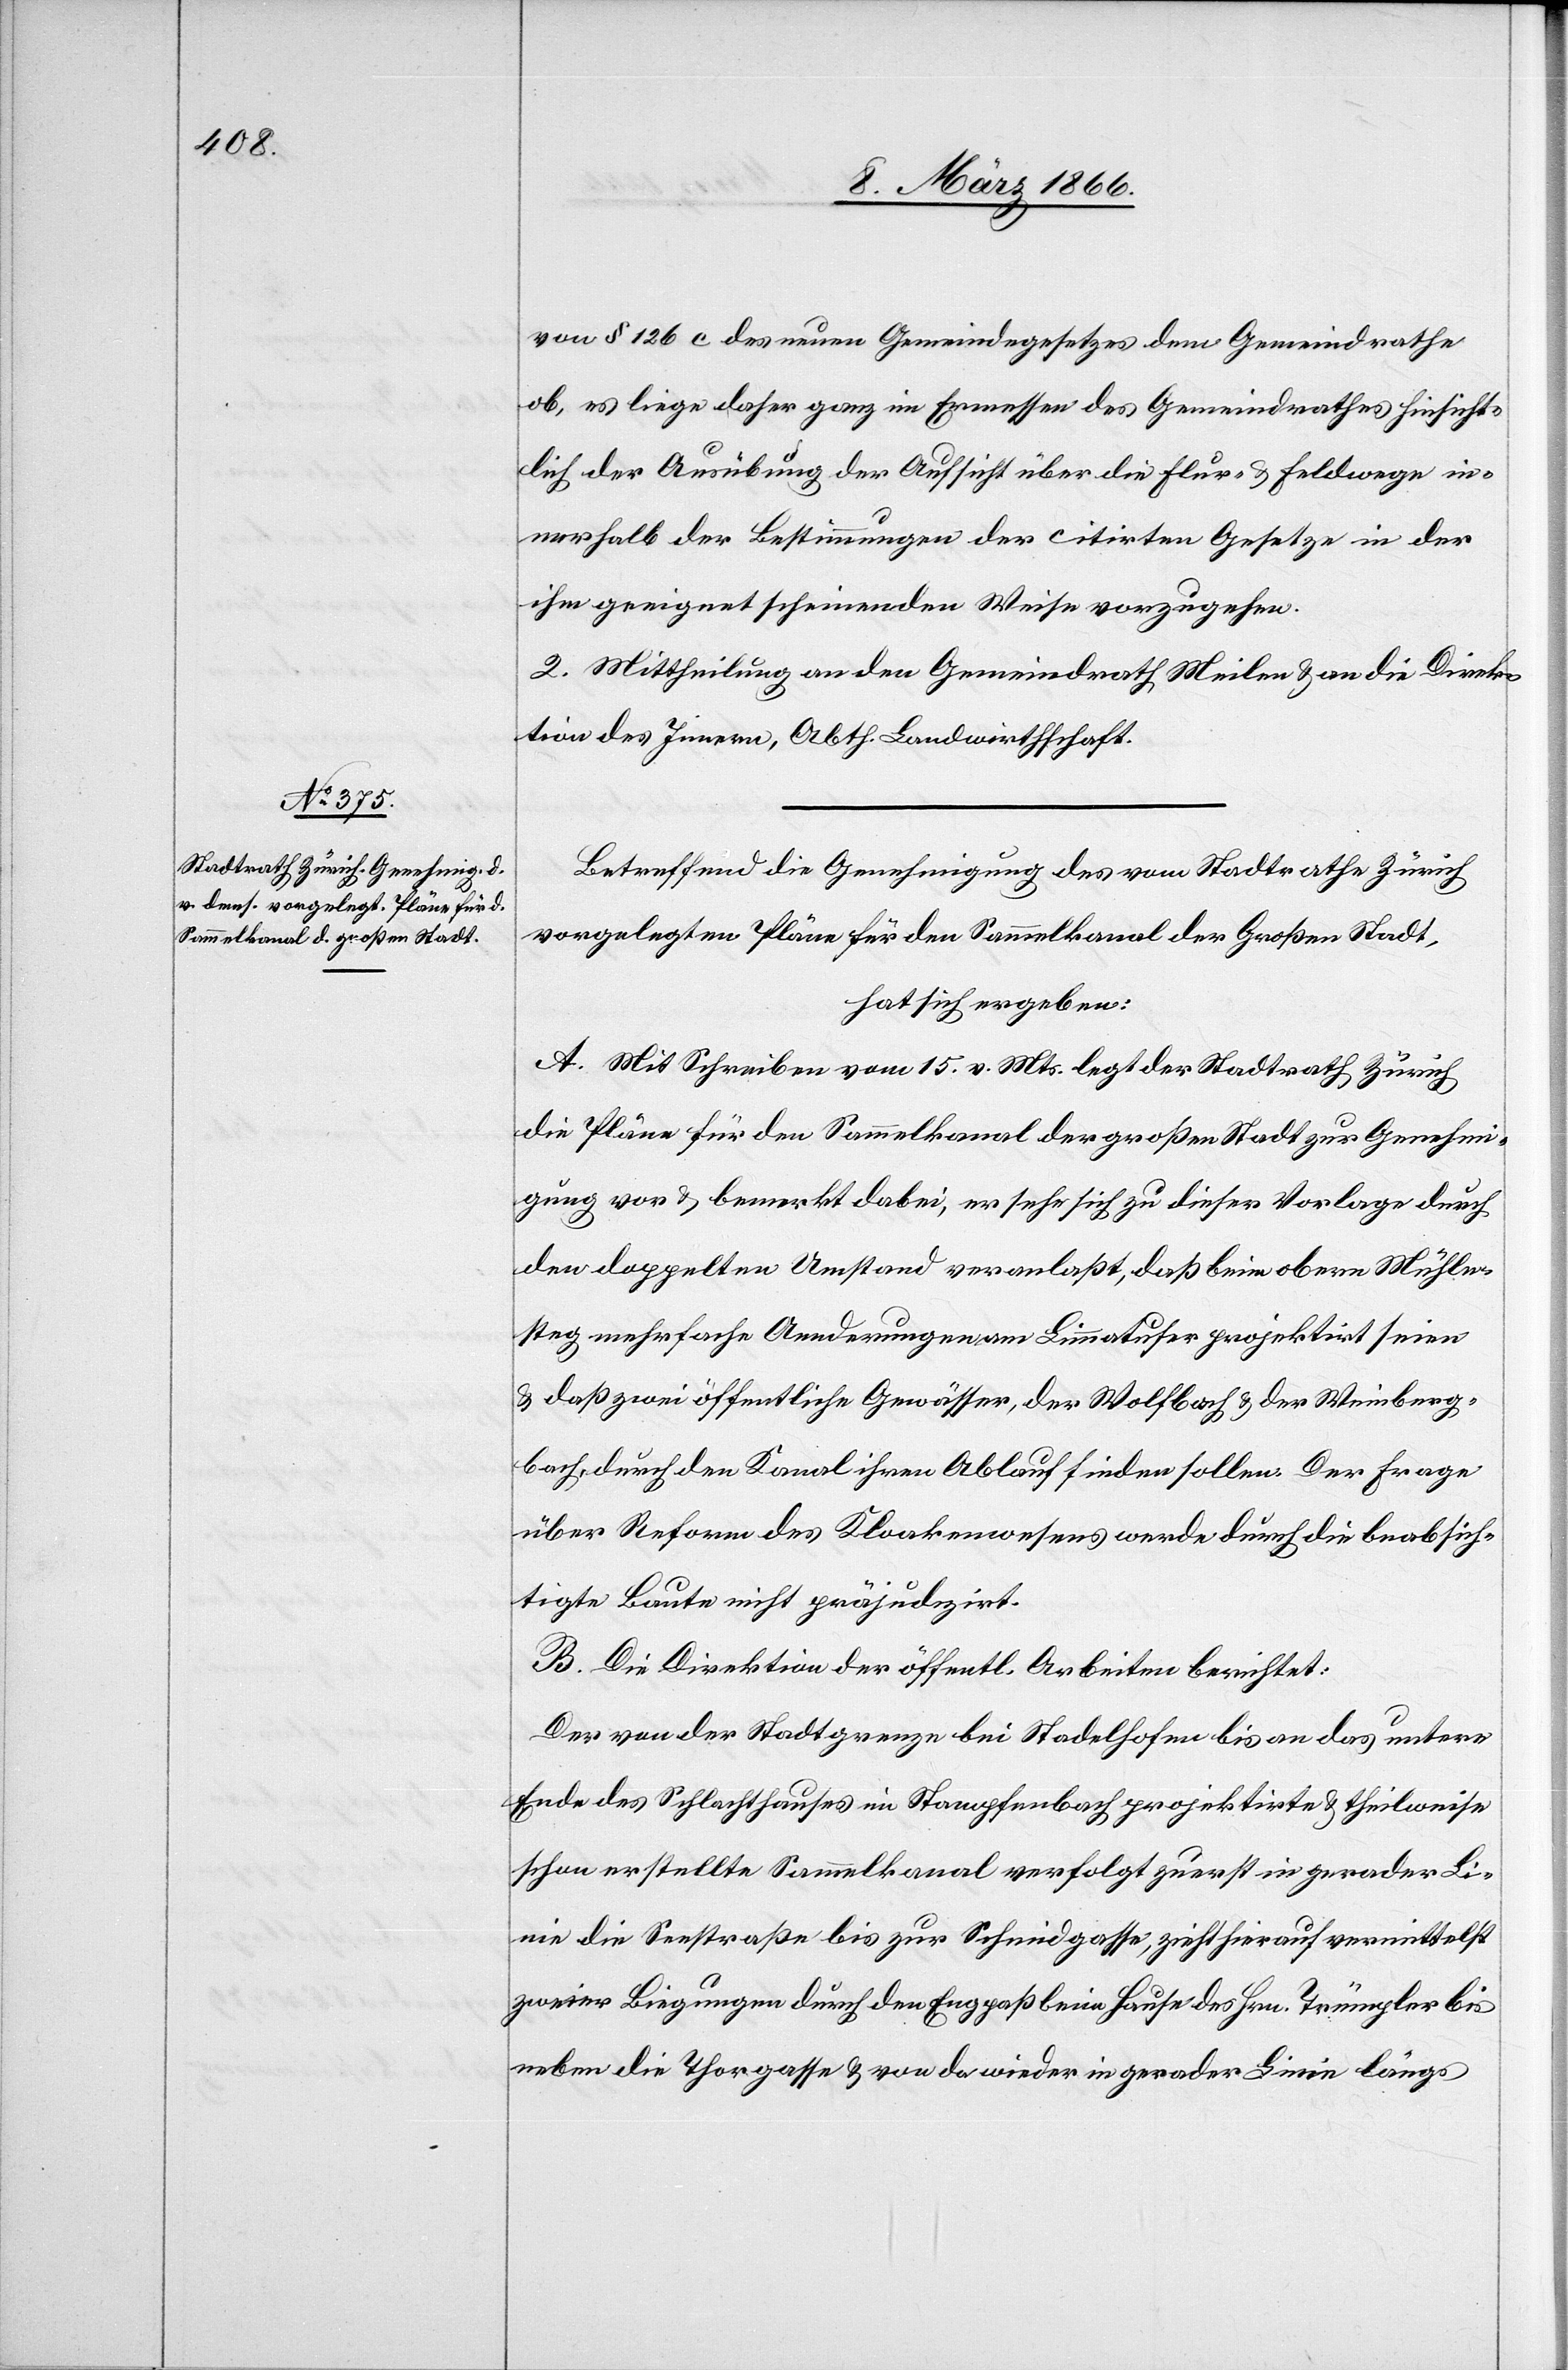
L¬

von § 126 c des neuen Gemeindegesetzes dem Gemeindrathe
ob, es liege daher im Ermessen des Gemeindrathes hinsicht¬
lich der Ausübung der Aufsicht über die Flur- u. Feldwege in¬
nerhalb der Bestimmungen der citirten Gesetze in der
ihm geeignet scheinenden Weise vorzugehen.
2. Mittheilung an den Gemeindrath Meilen u. an die Direk¬
tion des Innern, Abth. Landwirthschaft.
Betreffend die Genehmigung des [sic!] vom Stadtrathe Zürich
vorgelegten Pläne für den Sammelkanal der Großen Stadt,
hat sich ergeben:
A. Mit Schreiben vom 15. v. Mts. legt der Stadtrath Zürich
die Pläne für den Sammelkanal der großen Stadt zur Genehmi¬
gung vor u. bemerkt dabei, er sehe sich zu dieser Vorlage durch
den doppelten Umstand veranlaßt, daß beim obern Mühlen¬
steg mehrfache Aenderungen am Limmatufer projektirt seien
u. daß zwei öffentliche Gewässer, der Wolfbach u. der Weinberg¬
bach, durch den Kanal ihren Ablauf finden sollen. Der Frage
über Reform des Kloakenwesens werde durch die beabsich¬
tigte Baute nicht präjudizirt.
B. Die Direktion der öffentl. Arbeiten berichtet:
Der von der Stadtgrenze bei Stadelhofen bis an das untere
Ende des Schlachthauses projektirte u. theilweise schon erstellte Sammelkanal
inie die Seestraße bis zur Schmiedgasse, zieht hierauf vermittelst
zweier Biegungen durch den Engpaß beim Hause des Hrn. Tümpler bis
neben die Thorgasse u. von da wieder in gerader Linie längs